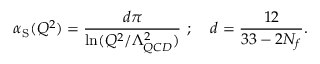
\alpha _ { \mathrm { S } } ( Q ^ { 2 } ) = \frac { d \pi } { \ln ( Q ^ { 2 } / \Lambda _ { Q C D } ^ { 2 } ) } ~ ; \; \; \; \; d = \frac { 1 2 } { 3 3 - 2 N _ { f } } .